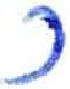
אות: כ